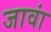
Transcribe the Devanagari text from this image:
जावां